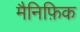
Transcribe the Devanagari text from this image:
मैनिफ़िक